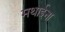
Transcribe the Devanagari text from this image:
मथाईना